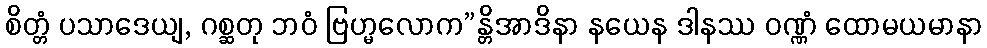
စိတ္တံ ပသာဒေယျ, ဂစ္ဆတု ဘဝံ ဗြဟ္မလောက”န္တိအာဒိနာ နယေန ဒါနဿ ဝဏ္ဏံ ထောမယမာနာ